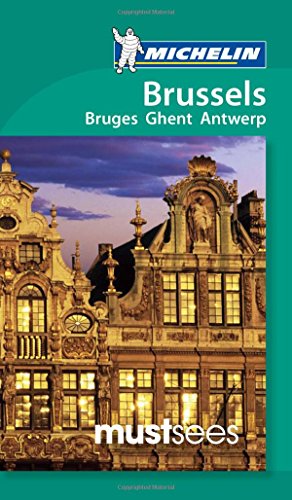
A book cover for Michelin Must Sees Brussels (Must See Guides/Michelin); Michelin Travel & Lifestyle; Travel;